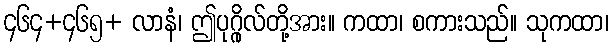
၄၆၄+၄၆၅+ လာနံ၊ ဤပုဂ္ဂိုလ်တို့အား။ ကထာ၊ စကားသည်။ သုကထာ၊